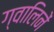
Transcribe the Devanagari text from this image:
ग्वालिनें